Problem: 9 × 6 = ?
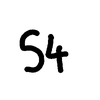
Handwritten answer: 54